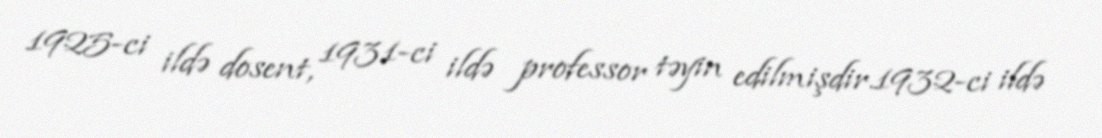
1925-ci ildə dosent, 1931-ci ildə professor təyin edilmişdir.1932-ci ildə